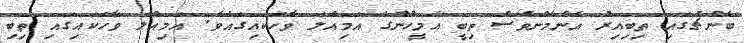
ބެންޗުގައި ތިބިއިރު އެންމެންވެސް ތިބީ އެމީހުންގެ އަމިއްލަ ވާހަކައިގައެވެ. އަމިއްލަ ވާހަކައިގައި ތިބި